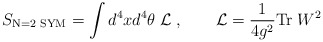
\begin{align*} S_{\mbox{\scriptsize N=2 SYM}} =\int d^4xd^4\theta\; {\cal L} \;, \qquad {\cal L} = \frac{1}{4g^2} {\rm Tr}\;W^2\end{align*}